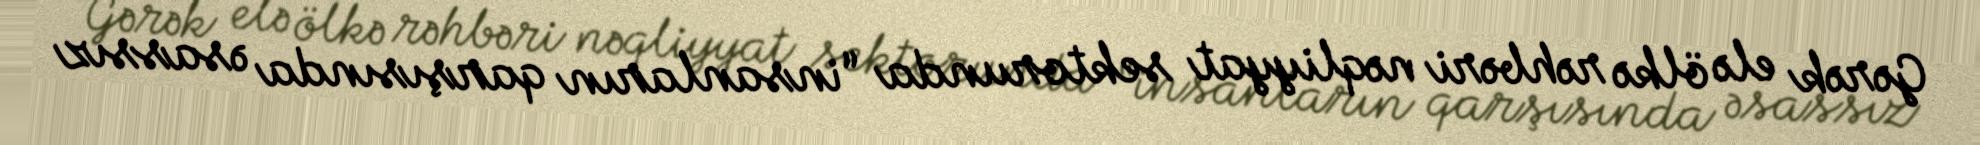
Gərək elə ölkə rəhbəri nəqliyyat sektorunda “insanların qarşısında əsassız